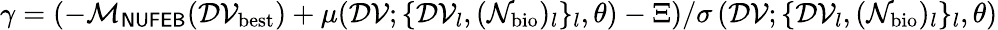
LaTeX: \gamma=\left(-\mathcal{M}_{\sf NUFEB}(\mathcal{DV}_{\mathrm{best}})+\mu(\mathcal{DV};\{ \mathcal{DV}_{l},(\mathcal{N}_{\mathrm{bio}})_{l}\} _{l},\theta)-\Xi\right)/\sigma\left(\mathcal{DV};\{ \mathcal{DV}_{l},(\mathcal{N}_{\mathrm{bio}})_{l}\} _{l},\theta\right)